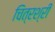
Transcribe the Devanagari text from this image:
चित्रश्री